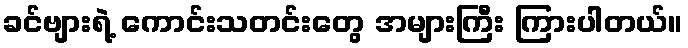
ခင်ဗျားရဲ့ ကောင်းသတင်းတွေ အများကြီး ကြားပါတယ်။